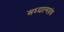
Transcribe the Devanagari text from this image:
अध्यात्मग्रंथ